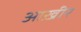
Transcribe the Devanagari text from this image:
आख़ीर